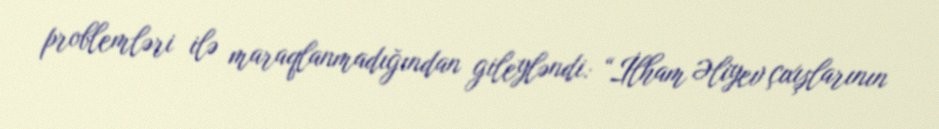
problemləri ilə maraqlanmadığından gileyləndi: “İlham Əliyev çıxışlarının